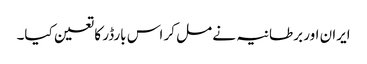
ایران اور برطانیہ نے مل کر اس بارڈر کا تعین کیا۔